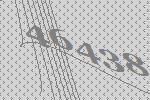
46438